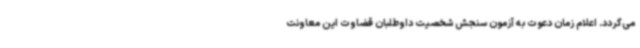
می‌گردد. اعلام زمان دعوت به آزمون سنجش شخصیت داوطلبان قضاوت این معاونت